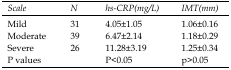
<table><thead><tr><td><b>Scale</b></td><td><b>N</b></td><td><b>hs-CRP(mg/L)</b></td><td><b>IMT(mm)</b></td></tr></thead><tbody><tr><td>Mild</td><td>31</td><td>4.05±1.05</td><td>1.06±0.16</td></tr><tr><td>Moderate</td><td>39</td><td>6.47±2.14</td><td>1.18±0.29</td></tr><tr><td>Severe</td><td>26</td><td>11.28±3.19</td><td>1.25±0.34</td></tr><tr><td>P values</td><td></td><td>P&lt;0.05</td><td>p&gt;0.05</td></tr></tbody></table>